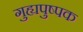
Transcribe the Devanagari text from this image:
गुह्यपुष्पक